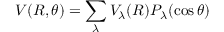
V ( R , \theta ) = \sum _ { \lambda } V _ { \lambda } ( R ) P _ { \lambda } ( \cos \theta )